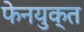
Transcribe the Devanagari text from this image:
फेनयुक्त